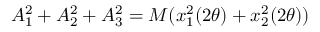
A _ { 1 } ^ { 2 } + A _ { 2 } ^ { 2 } + A _ { 3 } ^ { 2 } = M ( x _ { 1 } ^ { 2 } ( 2 { \theta } ) + x _ { 2 } ^ { 2 } ( 2 { \theta } ) )